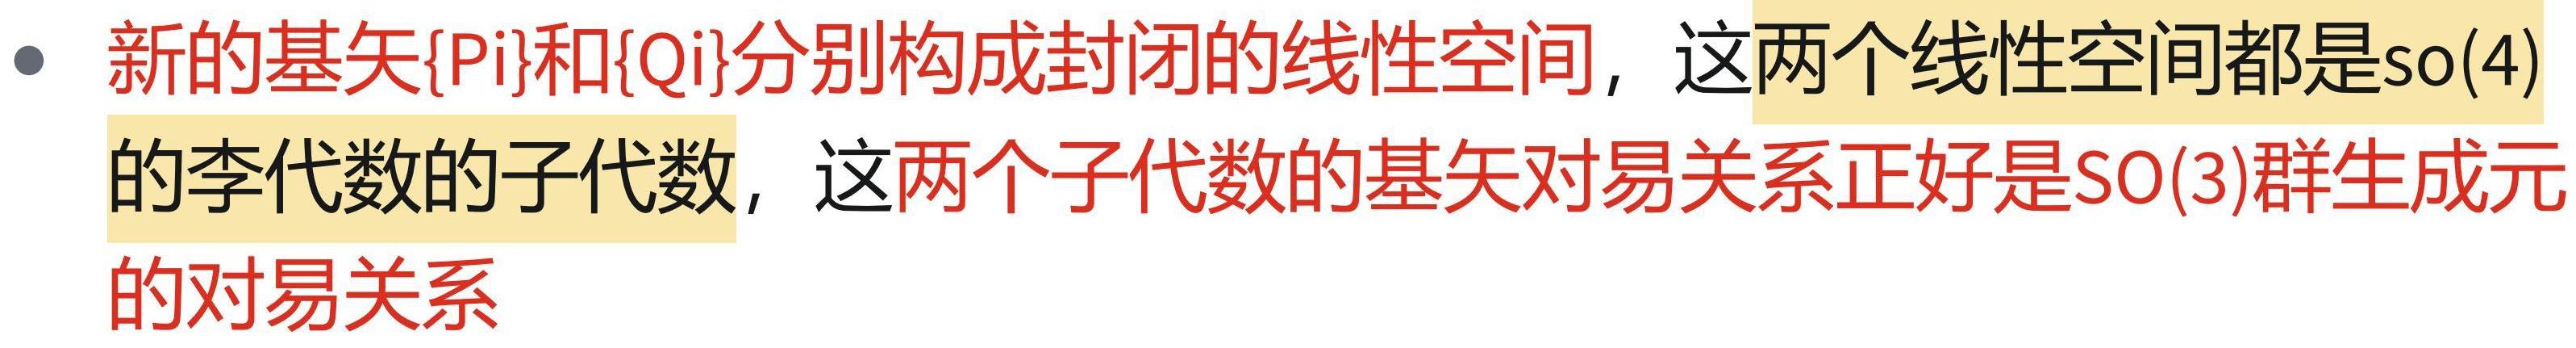
新的基矢{Pi}和{Qi}分别构成封闭的线性空间，这两个线性空间都是so(4)的李代数的子代数，这两个子代数的基矢对易关系正好是SO(3)群生成元的对易关系